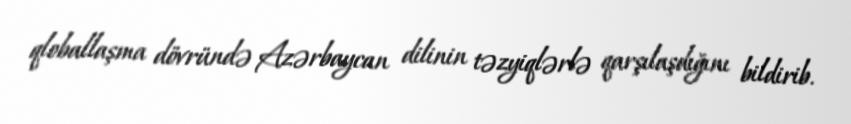
qloballaşma dövründə Azərbaycan dilinin təzyiqlərlə qarşılaşdığını bildirib.